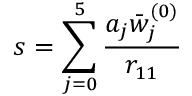
s = \sum _ { j = 0 } ^ { 5 } { \frac { a _ { j } { \bar { w } } _ { j } ^ { ( 0 ) } } { r _ { 1 1 } } }